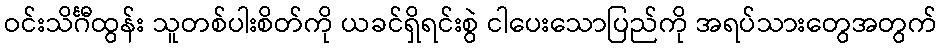
ဝင်းသိင်္ဂီထွန်း သူတစ်ပါးစိတ်ကို ယခင်ရှိရင်းစွဲ ငါပေးသောပြည်ကို အရပ်သားတွေအတွက်